Annual vaccination report of Bihar and Orissa - 1911-1928
Year: 1911
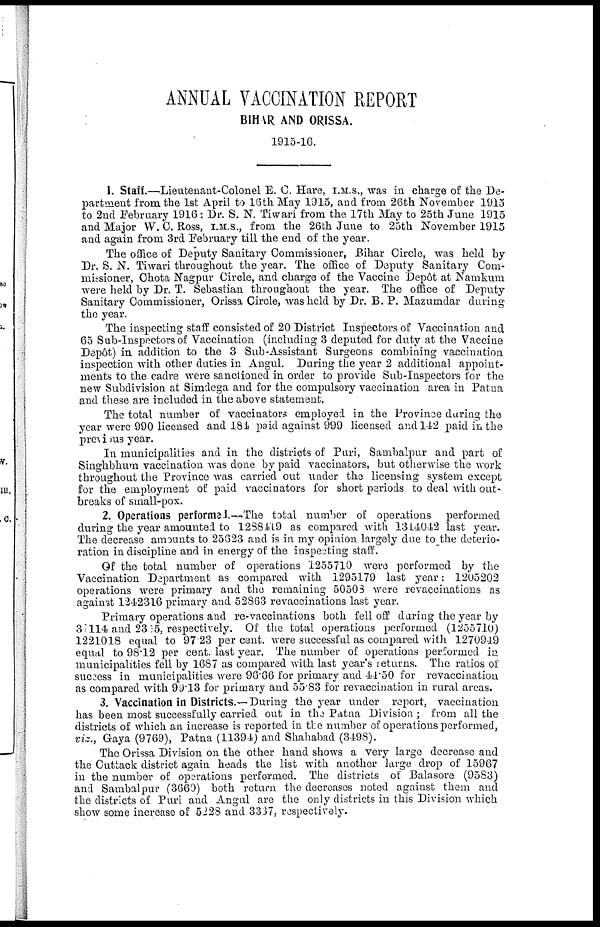
ANNUAL VACCINATION REPORT
BIHAR AND ORISSA.
1915-16.
1. Staff.—Lieutenant-Colonel E. C. Hare, I.M.S., was in charge of the De-
partment from the 1st April to 16th May 1915, and from 26th November 1915
to 2nd February 1916: Dr. S. N. Tiwari from the 17th May to 25th June 1915
and Major W. C. Ross, I.M.S., from the 26th June to 25th November 1915
and again from 3rd February till the end of the year.
The office of Deputy Sanitary Commissioner, Bihar Circle, was held by
Dr. S. N. Tiwari throughout the year. The office of Deputy Sanitary Com-
missioner, Chota Nagpur Circle, and charge of the Vaccine Depôt at Namkum
were held by Dr. T. Sebastian throughout the year. The office of Deputy
Sanitary Commissioner, Orissa Circle, was held by Dr. B. P. Mazumdar during
the year.
The inspecting staff consisted of 20 District Inspectors of Vaccination and
65 Sub-Inspectors of Vaccination (including 3 deputed for duty at the Vaccine
Depôt) in addition to the 3 Sub-Assistant Surgeons combining vaccination
inspection with other duties in Angul. During the year 2 additional appoint-
ments to the cadre were sanctioned in order to provide Sub-Inspectors for the
new Subdivision at Simdega and for the compulsory vaccination area in Patna
and these are included in the above statement.
The total number of vaccinators employed in the Province during the
year were 990 licensed and 184 paid against 999 licensed and 142 paid in the
previous year.
In municipalities and in the districts of Puri, Sambalpur and part of
Singhbhum vaccination was done by paid vaccinators, but otherwise the work
throughout the Province was carried out under the licensing system except
for the employment of paid vaccinators for short periods to deal with out-
breaks of small-pox.
2. Operations performed.—The total number of operations performed
during the year amounted to 1288419 as compared with 1314042 last year.
The decrease amounts to 25623 and is in my opinion largely due to the deterio-
ration in discipline and in energy of the inspecting staff.
Of the total number of operations 1255710 were performed by the
Vaccination Department as compared with 1295179 last year: 1205202
operations were primary and the remaining 50503 were revaccinations as
against 1242316 primary and 52863 revaccinations last year.
Primary operations and re-vaccinations both fell off during the year by
37114 and 23.55, respectively. Of the total operations performed (1255710)
1221018 equal to 97.23 per cent. were successful as compared with 1270949
equal to 98.12 per cent. last year. The number of operations performed in
municipalities fell by 1687 as compared with last year's returns. The ratios of
success in municipalities were 96.66 for primary and 44.50 for revaccination
as compared with 99.13 for primary and 55.83 for revaccination in rural areas.
3. Vaccination in Districts.—During the year under report, vaccination
has been most successfully carried out in the Patna Division ; from all the
districts of which an increase is reported in the number of operations performed,
viz., Gaya (9769), Patna (11394) and Shahabad (3498).
The Orissa Division on the other hand shows a very large decrease and
the Cuttack district again heads the list with another large drop of 15967
in the number of operations performed. The districts of Balasore (9583)
and Sambalpur (3660) both return the decreases noted against them and
the districts of Puri and Angul are the only districts in this Division which
show some increase of 5228 and 3337, respectively.